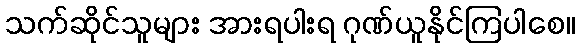
သက်ဆိုင်သူများ အားရပါးရ ဂုဏ်ယူနိုင်ကြပါစေ။